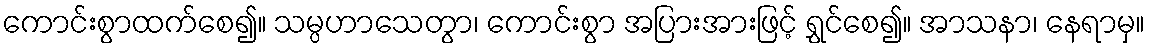
ကောင်းစွာထက်စေ၍။ သမ္ပဟာသေတွာ၊ ကောင်းစွာ အပြားအားဖြင့် ရွှင်စေ၍။ အာသနာ၊ နေရာမှ။